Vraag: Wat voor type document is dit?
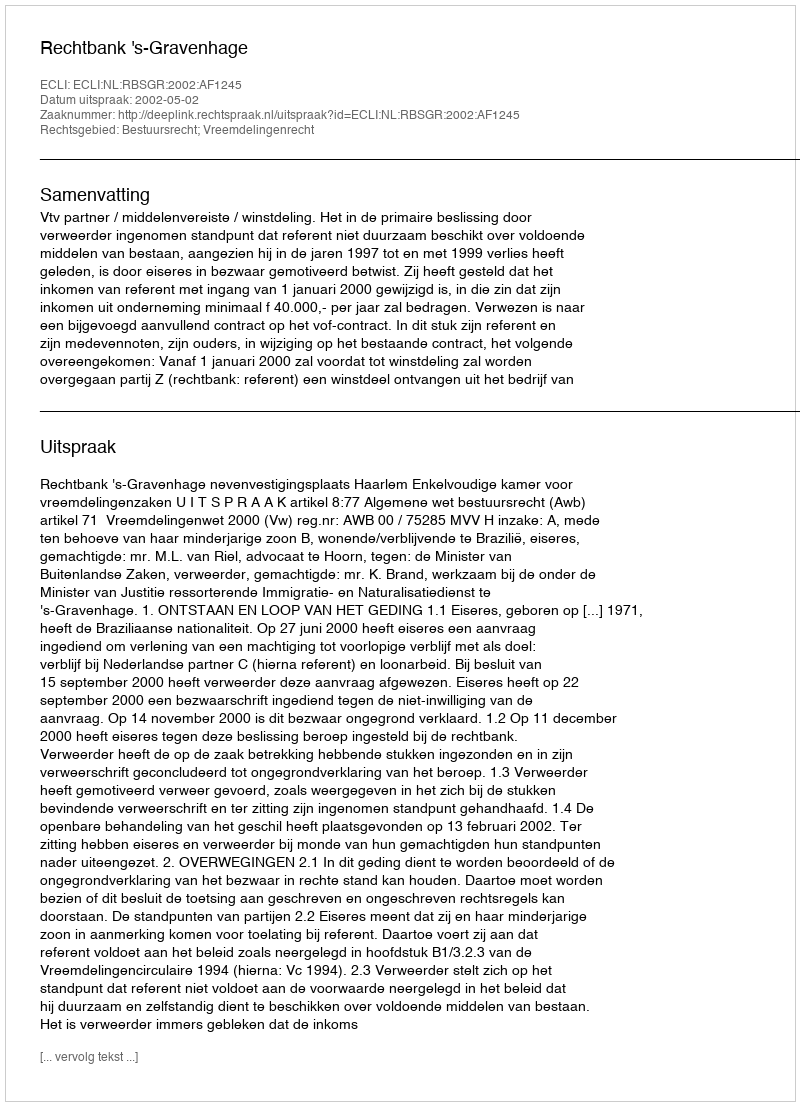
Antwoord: Uitspraak